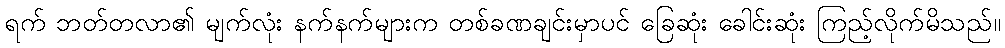
ရက် ဘတ်တလာ၏ မျက်လုံး နက်နက်များက တစ်ခဏချင်းမှာပင် ခြေဆုံး ခေါင်းဆုံး ကြည့်လိုက်မိသည်။